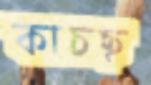
কাচছ